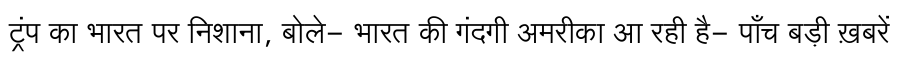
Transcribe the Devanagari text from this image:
ट्रंप का भारत पर निशाना, बोले- भारत की गंदगी अमरीका आ रही है- पाँच बड़ी ख़बरें